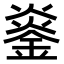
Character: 𬫨